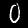
Digit: 0